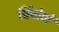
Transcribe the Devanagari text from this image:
चिंचोणें